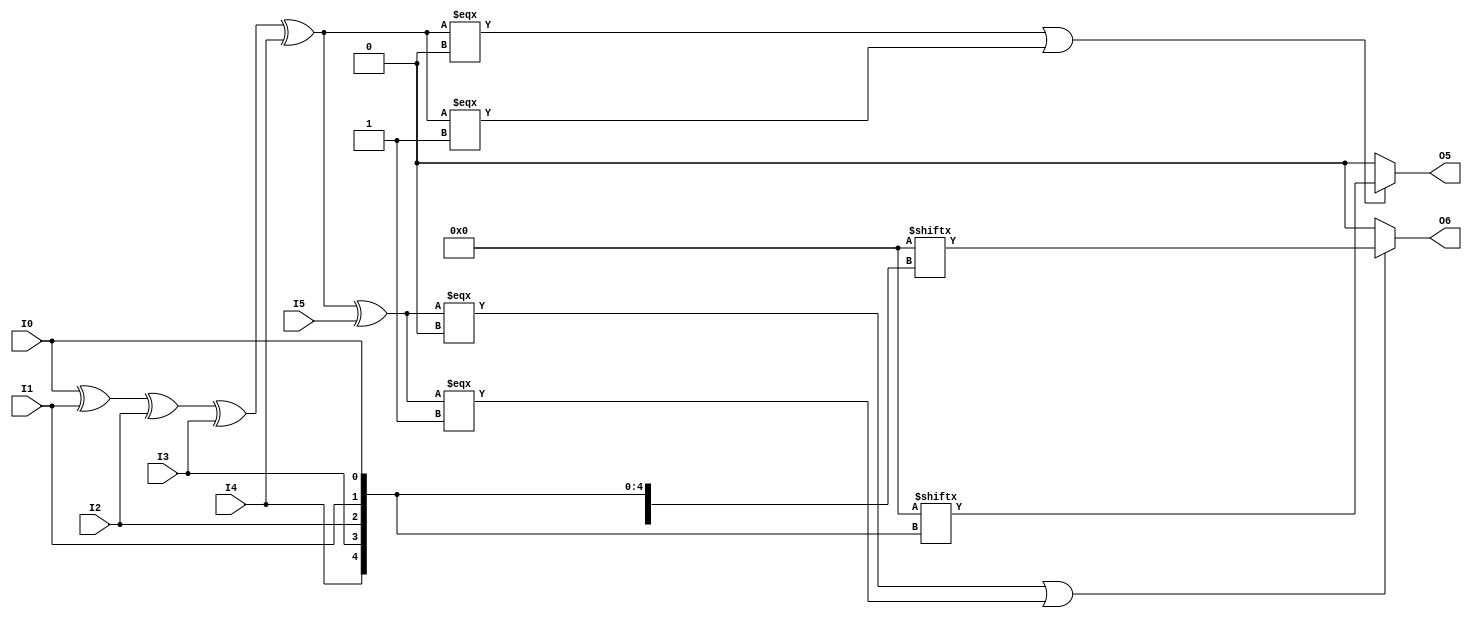
// This program was cloned from: https://github.com/Xilinx/XilinxUnisimLibrary
// License: Apache License 2.0

///////////////////////////////////////////////////////////////////////////////
//    Copyright (c) 1995/2016 Xilinx, Inc.
// 
//    Licensed under the Apache License, Version 2.0 (the "License");
//    you may not use this file except in compliance with the License.
//    You may obtain a copy of the License at
// 
//        http://www.apache.org/licenses/LICENSE-2.0
// 
//    Unless required by applicable law or agreed to in writing, software
//    distributed under the License is distributed on an "AS IS" BASIS,
//    WITHOUT WARRANTIES OR CONDITIONS OF ANY KIND, either express or implied.
//    See the License for the specific language governing permissions and
//    limitations under the License.
///////////////////////////////////////////////////////////////////////////////
//   ____  ____
//  /   /\/   /
// /___/  \  /    Vendor      : Xilinx
// \   \   \/     Version     : 2017.1
//  \   \         Description : Xilinx Unified Simulation Library Component
//  /   /                  6-Bit Look-Up Table with Two Outputs
// /___/   /\     Filename : LUT6_2.v
// \   \  /  \
//  \___\/\___\
//
///////////////////////////////////////////////////////////////////////////////
//  Revision:
//    08/08/06 - Initial version.
//    06/04/07 - Change timescale form 100ps/10ps to 1ps/1ps.
//               Add wire definition.
//    06/19/07 - 441956 - Add LOC Parameter
//    12/13/11 - 524859 - Added `celldefine and `endcelldefine
//    09/12/16 - ANSI ports, speed improvements
//  End Revision:
///////////////////////////////////////////////////////////////////////////////

`timescale 1 ps/1 ps

`celldefine

module LUT6_2 #(
`ifdef XIL_TIMING
  parameter LOC = "UNPLACED",
`endif
  parameter [63:0] INIT = 64'h0000000000000000
)(
  output O5,
  output O6,

  input I0,
  input I1,
  input I2,
  input I3,
  input I4,
  input I5
);

// define constants
  localparam MODULE_NAME = "LUT6_2";

  reg trig_attr = 1'b0;
// include dynamic registers - XILINX test only
`ifdef XIL_DR
  `include "LUT6_2_dr.v"
`else
  reg [63:0] INIT_REG = INIT;
`endif

// begin behavioral model

  reg O5_out;
  reg O6_out;

  assign O5 = O5_out;
  assign O6 = O6_out;

  function lut_mux4_f;
  input [3:0] d;
  input [1:0] s;
  begin
    if (((s[1]^s[0]) === 1'b1) || ((s[1]^s[0]) === 1'b0))
      lut_mux4_f = d[s];
    else if ( ~(|d) || &d)
      lut_mux4_f = d[0];
    else if (((s[0] === 1'b1) || (s[0] === 1'b0)) && (d[{1'b0,s[0]}] === d[{1'b1,s[0]}]))
      lut_mux4_f = d[{1'b0,s[0]}];
    else if (((s[1] === 1'b1) || (s[1] === 1'b0)) && (d[{s[1],1'b0}] === d[{s[1],1'b1}]))
      lut_mux4_f = d[{s[1],1'b0}];
    else
      lut_mux4_f = 1'bx;
  end
  endfunction

  function lut_mux8_f;
  input [7:0] d;
  input [2:0] s;
  begin
    if (((s[2]^s[1]^s[0]) === 1'b1) || ((s[2]^s[1]^s[0]) === 1'b0))
      lut_mux8_f = d[s];
    else if ( ~(|d) || &d)
      lut_mux8_f = d[0];
    else if ((((s[1]^s[0]) === 1'b1) || ((s[1]^s[0]) === 1'b0)) &&
             (d[{1'b0,s[1:0]}] === d[{1'b1,s[1:0]}]))
      lut_mux8_f = d[{1'b0,s[1:0]}];
    else if ((((s[2]^s[0]) === 1'b1) || ((s[2]^s[0]) === 1'b0)) &&
             (d[{s[2],1'b0,s[0]}] === d[{s[2],1'b1,s[0]}]))
      lut_mux8_f = d[{s[2],1'b0,s[0]}];
    else if ((((s[2]^s[1]) === 1'b1) || ((s[2]^s[1]) === 1'b0)) &&
             (d[{s[2],s[1],1'b0}] === d[{s[2],s[1],1'b1}]))
      lut_mux8_f = d[{s[2:1],1'b0}];
    else if (((s[0] === 1'b1) || (s[0] === 1'b0)) &&
             (d[{1'b0,1'b0,s[0]}] === d[{1'b0,1'b1,s[0]}]) &&
             (d[{1'b0,1'b0,s[0]}] === d[{1'b1,1'b0,s[0]}]) &&
             (d[{1'b0,1'b0,s[0]}] === d[{1'b1,1'b1,s[0]}]))
      lut_mux8_f = d[{1'b0,1'b0,s[0]}];
    else if (((s[1] === 1'b1) || (s[1] === 1'b0)) &&
             (d[{1'b0,s[1],1'b0}] === d[{1'b0,s[1],1'b1}]) &&
             (d[{1'b0,s[1],1'b0}] === d[{1'b1,s[1],1'b0}]) &&
             (d[{1'b0,s[1],1'b0}] === d[{1'b1,s[1],1'b1}]))
      lut_mux8_f = d[{1'b0,s[1],1'b0}];
    else if (((s[2] === 1'b1) || (s[2] === 1'b0)) &&
             (d[{s[2],1'b0,1'b0}] === d[{s[2],1'b0,1'b1}]) &&
             (d[{s[2],1'b0,1'b0}] === d[{s[2],1'b1,1'b0}]) &&
             (d[{s[2],1'b0,1'b0}] === d[{s[2],1'b1,1'b1}]))
      lut_mux8_f = d[{s[2],1'b0,1'b0}];
    else
      lut_mux8_f = 1'bx;
  end
  endfunction

 always @(I0 or I1 or I2 or I3 or I4)  begin
   if ( (I0 ^ I1 ^ I2 ^ I3 ^ I4) === 1'b0 || (I0 ^ I1 ^ I2 ^ I3 ^ I4) === 1'b1)
     O5_out = INIT_REG[{I4, I3, I2, I1, I0}];
   else if ( ~(|INIT_REG[31:0]) || &INIT_REG[31:0] )
     O5_out = INIT_REG[0];
   else
     O5_out = lut_mux4_f ({lut_mux8_f (INIT_REG[31:24], {I2, I1, I0}),
                       lut_mux8_f (INIT_REG[23:16], {I2, I1, I0}),
                       lut_mux8_f ( INIT_REG[15:8], {I2, I1, I0}),
                       lut_mux8_f (  INIT_REG[7:0], {I2, I1, I0})}, {I4, I3});
 end

 always @(I0 or I1 or I2 or I3 or I4 or I5)  begin
   if ( (I0 ^ I1 ^ I2 ^ I3 ^ I4 ^ I5) === 1'b0 || (I0 ^ I1 ^ I2 ^ I3 ^ I4 ^ I5) === 1'b1)
     O6_out = INIT_REG[{I5, I4, I3, I2, I1, I0}];
   else if ( ~(|INIT_REG) || &INIT_REG )
     O6_out = INIT_REG[0];
   else
     O6_out = lut_mux8_f ({lut_mux8_f (INIT_REG[63:56], {I2, I1, I0}),
                       lut_mux8_f (INIT_REG[55:48], {I2, I1, I0}),
                       lut_mux8_f (INIT_REG[47:40], {I2, I1, I0}),
                       lut_mux8_f (INIT_REG[39:32], {I2, I1, I0}),
                       lut_mux8_f (INIT_REG[31:24], {I2, I1, I0}),
                       lut_mux8_f (INIT_REG[23:16], {I2, I1, I0}),
                       lut_mux8_f ( INIT_REG[15:8], {I2, I1, I0}),
                       lut_mux8_f (  INIT_REG[7:0], {I2, I1, I0})}, {I5, I4, I3});
 end

// end behavioral model

`ifdef XIL_TIMING
  specify
   (I0 => O5) = (0:0:0, 0:0:0);
   (I1 => O5) = (0:0:0, 0:0:0);
   (I2 => O5) = (0:0:0, 0:0:0);
   (I3 => O5) = (0:0:0, 0:0:0);
   (I4 => O5) = (0:0:0, 0:0:0);
   (I0 => O6) = (0:0:0, 0:0:0);
   (I1 => O6) = (0:0:0, 0:0:0);
   (I2 => O6) = (0:0:0, 0:0:0);
   (I3 => O6) = (0:0:0, 0:0:0);
   (I4 => O6) = (0:0:0, 0:0:0);
   (I5 => O6) = (0:0:0, 0:0:0);
	specparam PATHPULSE$ = 0;
  endspecify
`endif

endmodule

`endcelldefine